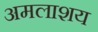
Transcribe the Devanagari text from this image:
अमलाशय